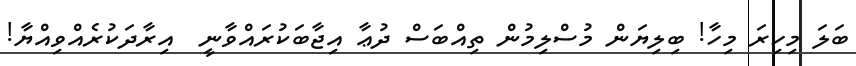
ބަލަ މިހިރަ މިހާ! ބިލިޔަން މުސްލިމުން ތިއްބަސް ދުޢާ އިޖާބަކުރައްވާނީ  އިރާދަކުރެއްވިއްޔާ!